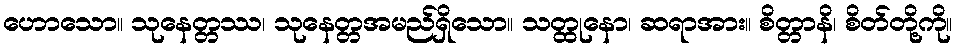
ဟောသော။ သုနေတ္တဿ၊ သုနေတ္တအမည်ရှိသော။ သတ္ထုနော၊ ဆရာအား။ စိတ္တာနိ၊ စိတ်တို့ကို။